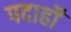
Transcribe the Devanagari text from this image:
पदार्हों